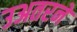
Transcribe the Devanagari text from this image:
उअतरने